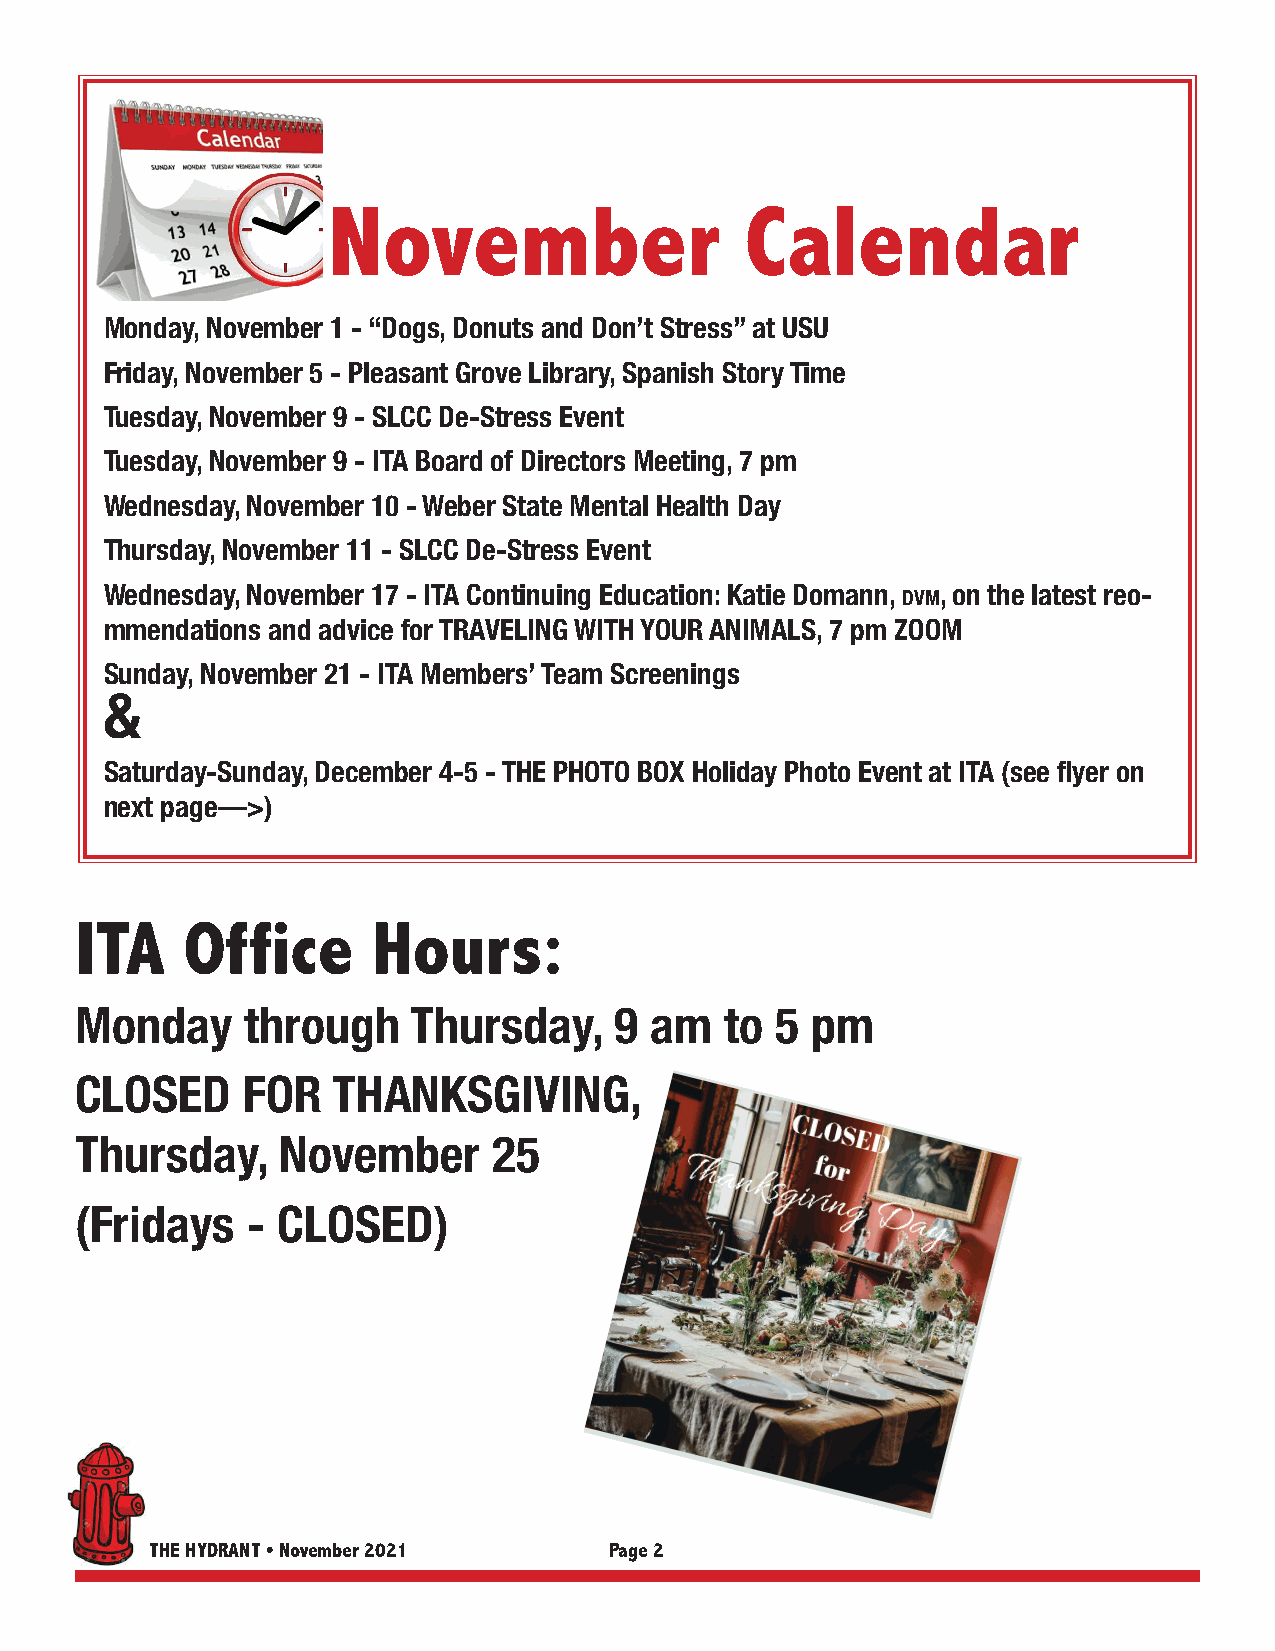
November                   Calendar
 Monday, November 1 - “Dogs, Donuts and Don’t Stress” at USU
 Friday, November 5 - Pleasant Grove Library, Spanish Story Time
 Tuesday, November 9 - SLCC De-Stress Event
 Tuesday, November 9 - ITA Board of Directors Meeting, 7 pm
 Wednesday, November 10 - Weber State Mental Health Day
 Thursday, November 11 - SLCC De-Stress Event
 Wednesday, November 17 - ITA Continuing Education: Katie Domann, DVM, on the latest reo-
 mmendations and advice for TRAVELING WITH YOUR ANIMALS, 7 pm ZOOM
 Sunday, November 21 - ITA Members’ Team Screenings
 &
 Saturday-Sunday, December 4-5 - THE PHOTO BOX Holiday Photo Event at ITA (see fl yer on
 next page—>)
 ITA    Office       Hours:
 Monday     through    Thursday,     9 am   to 5  pm
 CLOSED     FOR   THANKSGIVING,
 Thursday,    November       25
 (Fridays   - CLOSED)
 THE HYDRANT • November 2021   Page 2